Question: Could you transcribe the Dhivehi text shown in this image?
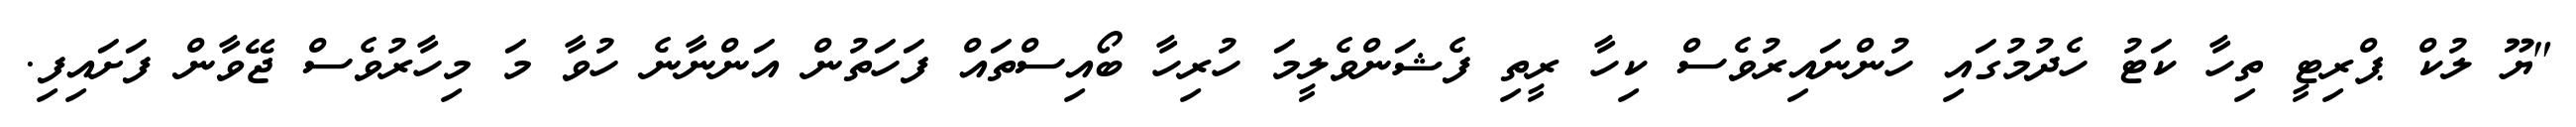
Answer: "ޔޫ ލުކް ޕްރިޓީ ތިހާ ކަޓު ހެދުމުގައި ހުންނައިރުވެސް ކިހާ ރީތި ފެޝަންވެލީމަ ހުރިހާ ބޯއިސްތައް ފަހަތުން އަންނާނެ ހުވާ މަ މިހާރުވެސް ޖޭވާން ފަށައިފި.